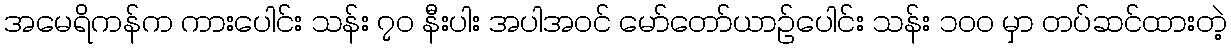
အမေရိကန်က ကားပေါင်း သန်း ၇၀ နီးပါး အပါအဝင် မော်တော်ယာဉ်ပေါင်း သန်း ၁၀၀ မှာ တပ်ဆင်ထားတဲ့